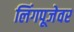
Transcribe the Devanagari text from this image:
लिंगपूजेवर